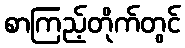
စာကြည့်တိုက်တွင်